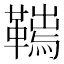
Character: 𩌮